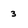
Character: 3